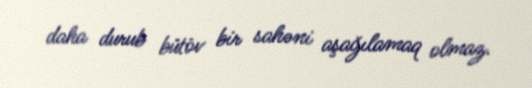
daha durub bütöv bir sahəni aşağılamaq olmaz.